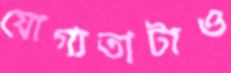
যোগ্যতাটাও